Annual report of the Bengal Veterinary College and of the Civil Veterinary Department, Bengal, for the year 1910-1911 - 1910-1911
Year: 1910
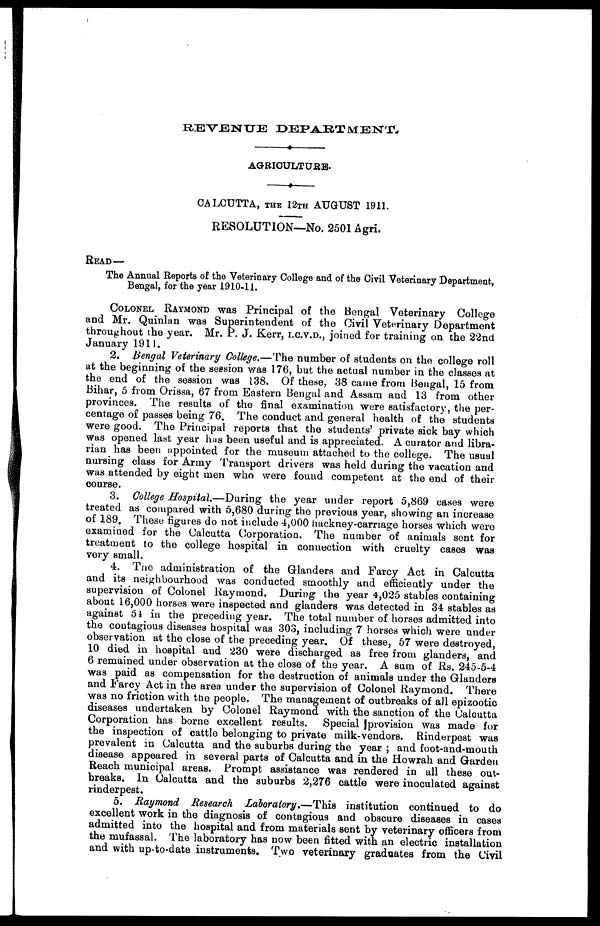
REVENUE DEPARTMENT
AGRICULTURE.
CALCUTTA, THE 12TH AUGUST 1911.
RESOLUTION-NO.
2501 Agri.
READ—
The Annual Reports of the Veterinary College and of the Civil Veterinary Department,
Bengal, for the year 1910-11.
COLONEL RAYMOND was Principal of the Bengal Veterinary College
and Mr. Quinlan was Superintendent of the Civil Veterinary Department
throughout the year. Mr. P. J. Kerr, I.C.V.D., joined for training on the 22nd
January 1911.
2. Bengal Veterinary College.—The number of students on the college roll
at the beginning of the session was 176, but the actual number in the classes at
the end of the session was 138. Of these, 38 came from Bengal, 15 from
Bihar, 5 from Orissa, 67 from Eastern Bengal and Assam and 13 from other
provinces. The results of the final examination were satisfactory, the per-
centage of passes being 76. The conduct and general health of the students
were good. The Principal reports that the students' private sick bay which
was opened last year hus been useful and is appreciated. A curator and libra-
rian has been appointed for the museum attached to the college. The usual
nursing class for Army Transport drivers was held during the vacation and
was attended by eight men who were found competent at the end of their
course.
3. College Hospital.—During the year under report 5,869 cases were
treated as compared with 5,680 during the previous year, showing an increase
of 189, These figures do not include 4,000 hackney-carriage horses which were
examined for the Calcutta Corporation. The number of animals sent for
treatment to the college hospital in connection with cruelty cases was
very small.
4. The administration of the Glanders and Farcy Act in Calcutta
and its neighbourhood was conducted smoothly and efficiently under the
supervision of Colonel Raymond. During the year 4,025 stables containing
about 16,000 horses were inspected and glanders was detected in 34 stables as
against 51 in the preceding year. The total number of horses admitted into
the contagious diseases hospital was 303, including 7 horses which were under
observation at the close of the preceding year. Of these, 57 were destroyed,
10 died in hospital and 230 were discharged as free from glanders, and
6 remained under observation at the close of the year. A sum of Rs. 245-5-4
was paid as compensation for the destruction of animals under the Glanders
and Farcy Act in the area under the supervision of Colonel Raymond. There
was no friction with the people. The management of outbreaks of all epizootic
diseases undertaken by Colonel Raymond with the sanction of the Ualcutta
Corporation has borne excellent results. Special provision was made for
the inspection of cattle belonging to private milk-vendors. Rinderpest was
prevalent in Calcutta and the suburbs during the year ; and foot-and-mouth
disease appeared in several parts of Calcutta and in the Howrah and Garden
Reach municipal areas. Prompt assistance was rendered in all these out-
breaks. In Calcutta and the suburbs 2,276 cattle were inoculated against
rinderpest.
5. Raymond Research Laboratory,—This institution continued to do
excellent work in the diagnosis of contagious and obscure diseases in cases
admitted into the hospital and from materials sent by veterinary officers from
the mufassal. The laboratory has now been fitted with an electric installation
and with up-to-date instruments. Two veterinary graduates from the Civil